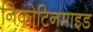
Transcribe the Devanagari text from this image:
निकोटिनमाइड